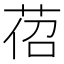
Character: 𦯐